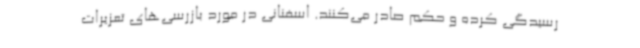
رسیدگی کرده و حکم صادر می‌کنند. اسفنانی در مورد بازرسی‌های تعزیرات